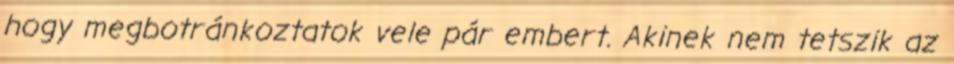
hogy megbotránkoztatok vele pár embert. Akinek nem tetszik az